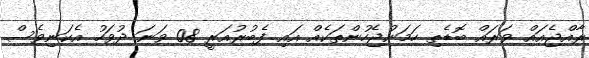
ރާއްޖެއައް ވަރައް ބޮޑެތި ހަމަނުޖެހުންތަކެއް އައި ފެބުރުއަރީ 08 ވަނަ ދުވަހު އެކަނިވެސް